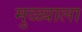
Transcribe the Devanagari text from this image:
मुळ्याला